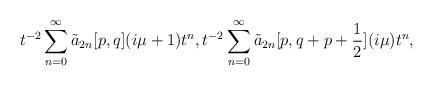
LaTeX: \begin{align*} t^{-2}\sum_{n = 0}^\infty \tilde{a}_{2n}[p,q](i\mu+1)t^n, t^{-2}\sum_{n =0}^\infty \tilde{a}_{2n}[p,q+p+\frac{1}{2}](i\mu)t^n, \end{align*}